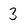
Character: 3